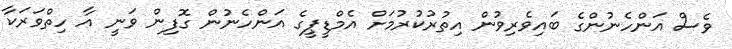
ވެސް އަންހެނުންގެ ބައިވެރިވުން އިތުރުކުރުމަށް އެމްޑީޕީގެ އަންހެނުން ގޮފިން ވަނީ އާ ހިތްވަރަކާ